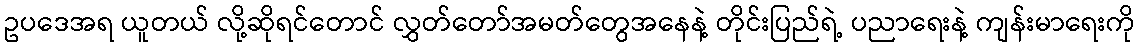
ဥပဒေအရ ယူတယ် လို့ဆိုရင်တောင် လွှတ်တော်အမတ်တွေအနေနဲ့ တိုင်းပြည်ရဲ့ ပညာရေးနဲ့ ကျန်းမာရေးကို